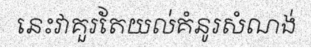
នេះវាគួរតែយល់គំនូរសំណង់